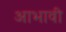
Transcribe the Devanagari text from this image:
आभावी